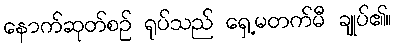
နောက်ဆုတ်စဉ် ရုပ်သည် ရှေ့မတက်မီ ချုပ်၏။